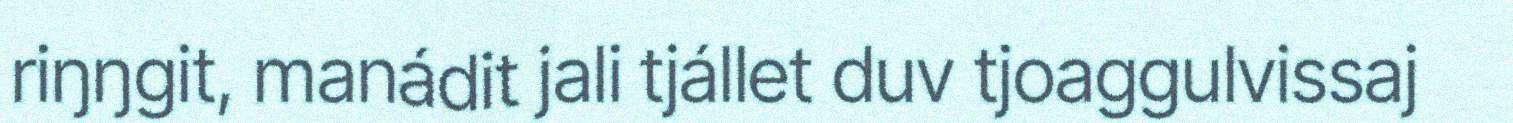
riŋŋgit, manádit jali tjállet duv tjoaggulvissaj